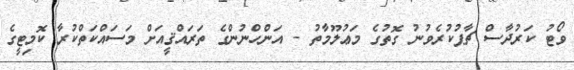
ވޯޓު ކަރުދާސް ޗާޕުކުރެވުނު ގޮތުގެ މަޢުލޫމާތު - އަންހްނުންގެ ތަރައްޤީއަށް މަސައްކަތްކުރާ ކޮމިޓީގެ